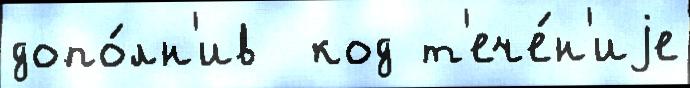
допо́лн'ив  код т'ече́н'иjе